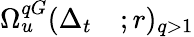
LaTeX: \begin{array}{rl}{\Omega_{u}^{qG}(\Delta_{t}}&{{};r)_{q>1}}\end{array}